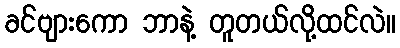
ခင်ဗျားကော ဘာနဲ့ တူတယ်လို့ထင်လဲ။